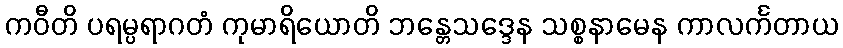
ကဝီတိ ပရမ္ပရာဂတံ ကုမာရိယောတိ ဘန္တေသဒ္ဒေန သစ္စနာမေန ကာလင်္ကတာယ